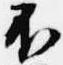
不